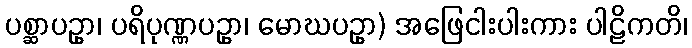
ပစ္ဆာပဥှာ၊ ပရိပုဏ္ဏပဥှာ၊ မောဃပဥှာ) အဖြေငါးပါးကား ပါဠိကတိ၊